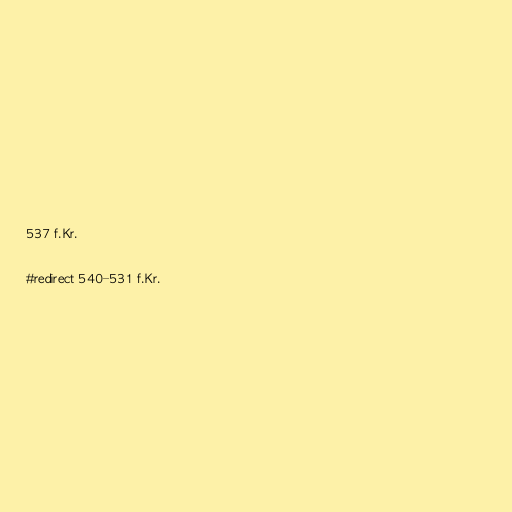
537 f.Kr.

#redirect 540–531 f.Kr.